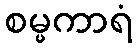
စမ္မကာရံ